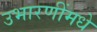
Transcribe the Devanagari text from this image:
उभारणींमधे